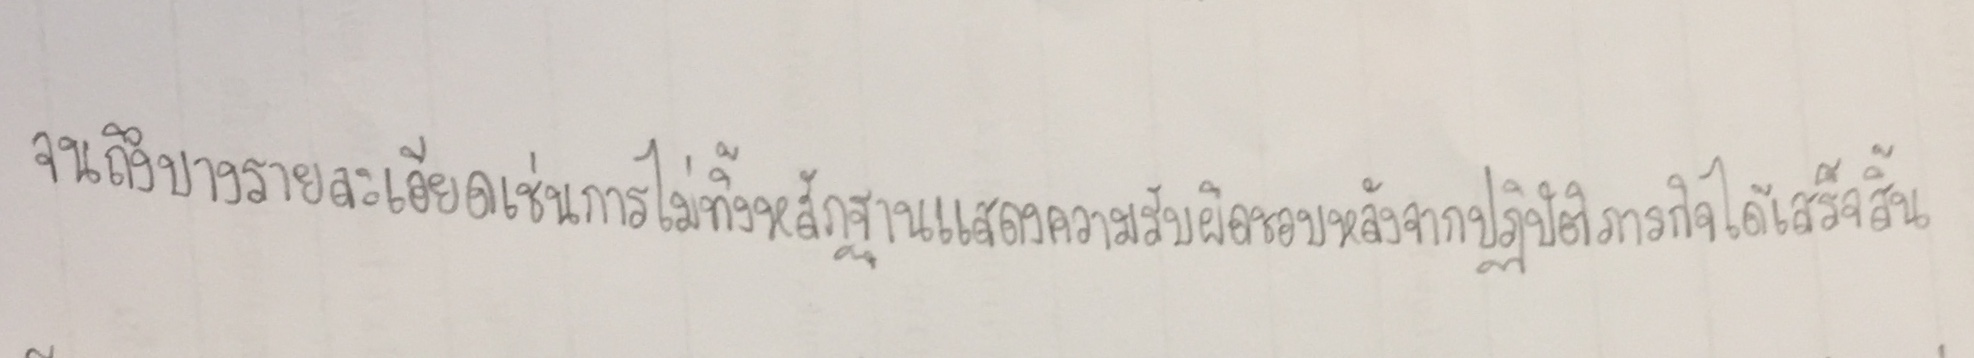
จนถึงบางรายละเอียดเช่นการไม่ทิ้งหลักฐานแสดงความรับผิดชอบหลังจากปฏิบัติภารกิจได้เสร็จสิ้น